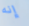
إنه